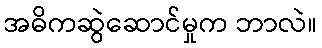
အဓိကဆွဲဆောင်မှုက ဘာလဲ။